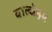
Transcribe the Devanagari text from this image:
वाल्धेइम